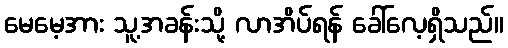
မေမေ့အား သူ့အခန်းသို့ လာအိပ်ရန် ခေါ်လေ့ရှိသည်။